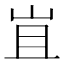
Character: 𭖍